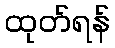
ထုတ်ရန်